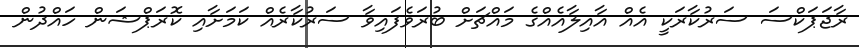
ރާޖަޕަކްސަ ސަރުކާރަކީ އެއް އާއިލާއެއްގެ މައްޗަށް ބުރަވެފައިވާ ސަރުކާރެއް ކަމަށާއި ކޮރަޕްޝަން ހައްދުން